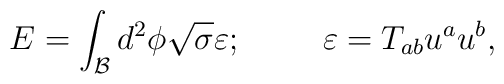
E=\int_{\mathcal{B}}d^2\phi \sqrt{\sigma }\varepsilon;\hspace{1cm} \varepsilon=T_{ab}u^au^b,